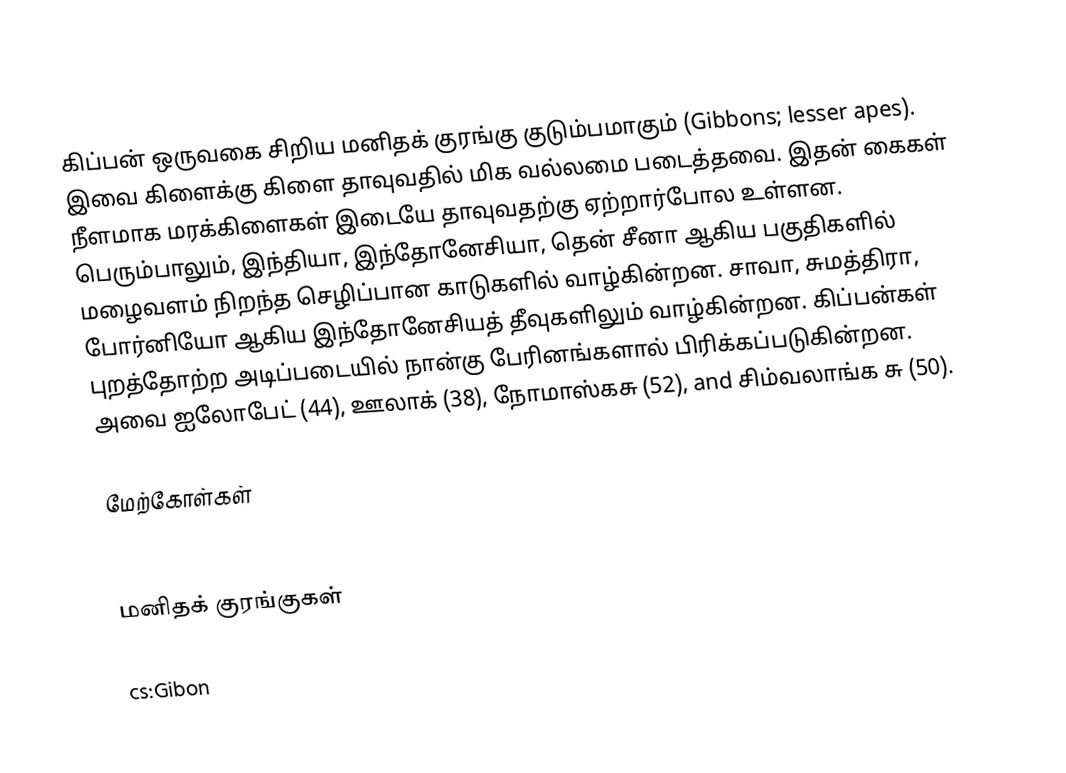
கிப்பன் ஒருவகை சிறிய மனிதக் குரங்கு குடும்பமாகும் (Gibbons; lesser apes). இவை கிளைக்கு கிளை தாவுவதில் மிக வல்லமை படைத்தவை. இதன் கைகள் நீளமாக மரக்கிளைகள் இடையே தாவுவதற்கு ஏற்றார்போல உள்ளன. பெரும்பாலும், இந்தியா, இந்தோனேசியா, தென் சீனா ஆகிய பகுதிகளில் மழைவளம் நிறந்த செழிப்பான காடுகளில் வாழ்கின்றன. சாவா, சுமத்திரா, போர்னியோ ஆகிய இந்தோனேசியத் தீவுகளிலும் வாழ்கின்றன. கிப்பன்கள் புறத்தோற்ற அடிப்படையில் நான்கு பேரினங்களால் பிரிக்கப்படுகின்றன. அவை ஐலோபேட் (44), ஊலாக் (38), நோமாஸ்கசு (52), and சிம்வலாங்க சு (50).

மேற்கோள்கள்

மனிதக் குரங்குகள்

cs:Gibon